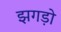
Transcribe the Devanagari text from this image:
झगड़ो